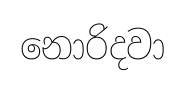
නොරිදවා